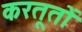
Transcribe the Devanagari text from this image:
करतूतोें